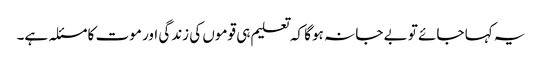
یہ کہا جائے تو بے جا نہ ہوگا کہ تعلیم ہی قوموں کی زندگی اور موت کا مسئلہ ہے۔